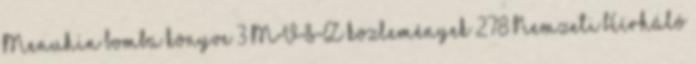
Menuhin bomba könyve 3 MVSZ közlemények 278 Nemzeti Hírháló